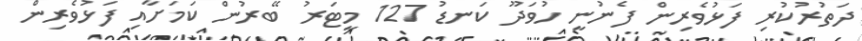
ދަތުރުކުރި ފަޅުވެރިން ފެނުނީ ހުވަދޫ ކަނޑު 127 މީޓަރު ބޭރުން ކަމަށާއި ފަޅުވެރިން